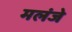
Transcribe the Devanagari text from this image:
मलंजे